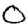
Digit: 0